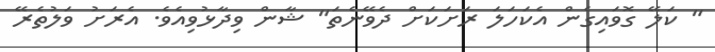
" ކަލޭ ގޮވައިގެން އެކަހަލަ ރަށަކަށް ދެވޭނެތަ" ޝާން ވިދާޅުވިއެވެ. އެރަށު ވަލުތެރޭ